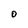
Character: O